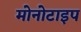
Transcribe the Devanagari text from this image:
मोनोटाइप